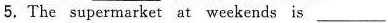
5.The supermarket at weekends is ___